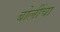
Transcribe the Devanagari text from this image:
बोलींचा